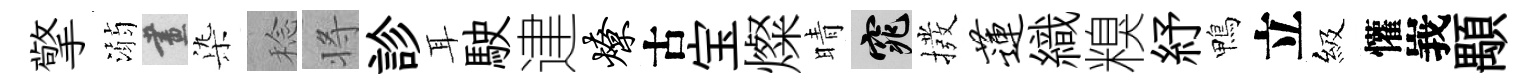
擎溺畫𣑱稔将診耳駛䢖燎古宝燦晴窕撥莲織糗紓鴨立級懽峩顒